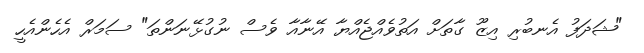
"ޝަދަފު އެނބުރި އިޒޫ ގާތަށް އަތުވެއްޖެއްޔާ އޭނާއާ ވެސް ނުގުޅޭނަންތަ" ސަމަރް އެހެންއެހީ